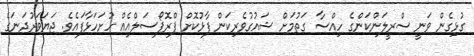
ގުޅިގެން ވަނީ ސްރީލަންކަންގެ ހިއްސާ ގަތުމަށް ޝައުގުވެރިކަން ފާޅުކޮށް ޕްރޮޕޯސަލްއެއް ހުށަހަޅާފައެވެ. ޖަޔަވަރުދަނަގެ